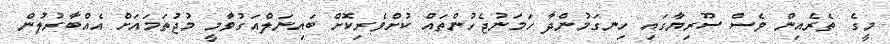
މީގެ ތެރެއިން ވެސް ސޫރިޔާގައި ހިނގަމުންދާ ހަމަނުޖެހުންތައް ކުށްވެރިކޮށް ބައިނަލްއަގުވާމީ މުޖުތަމައަށް އެއްބާރުލުން